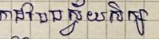
បែបស្វ័យសិក្សា